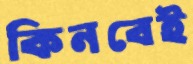
কিনবেই